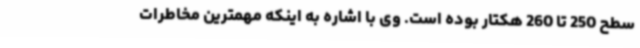
سطح 250 تا 260 هکتار بوده است. وی با اشاره به اینکه مهمترین مخاطرات